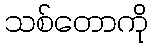
သစ်တောကို